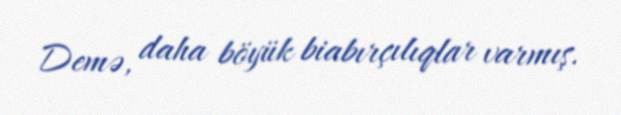
Demə, daha böyük biabırçılıqlar varmış.